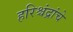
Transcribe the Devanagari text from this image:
हरिश्चंद्रांचे